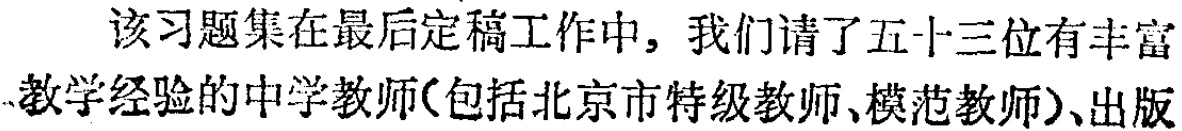
该习题集在最后定稿工作中，我们请了五十三位有丰富教学经验的中学教师(包括北京市特级教师、模范教师)、出版